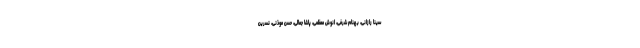
سینا رازانی، بهنام شرفی، انوش معظمی، پاشا جمالی، حسن موذنی، نسرین